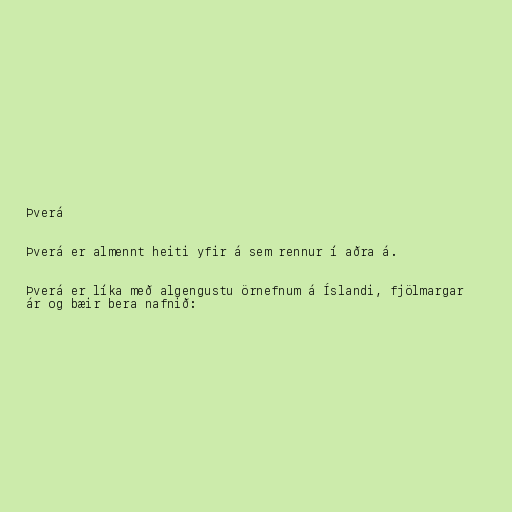
Þverá

Þverá er almennt heiti yfir á sem rennur í aðra á.

Þverá er líka með algengustu örnefnum á Íslandi, fjölmargar
ár og bæir bera nafnið: